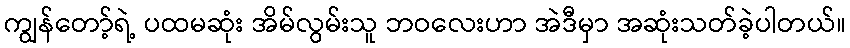
ကျွန်တော့်ရဲ့ ပထမဆုံး အိမ်လွမ်းသူ ဘဝလေးဟာ အဲဒီမှာ အဆုံးသတ်ခဲ့ပါတယ်။